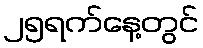
၂၅ရက်နေ့တွင်